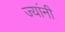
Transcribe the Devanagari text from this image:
ज्‍यांनी